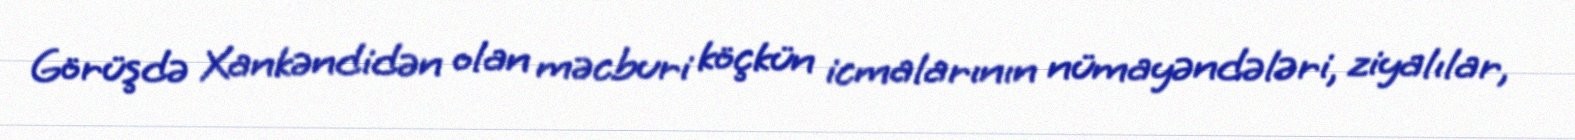
Görüşdə Xankəndidən olan məcburi köçkün icmalarının nümayəndələri, ziyalılar,